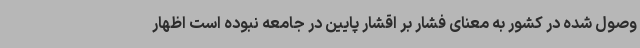
وصول شده در کشور به معنای فشار بر اقشار پایین در جامعه نبوده است اظهار